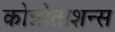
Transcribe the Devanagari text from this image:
कोन्नोताशन्स